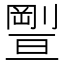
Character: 𠠊